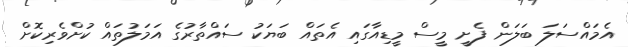
އެމައްސަލަ ބަލަން ފެށީ މީސް މީޑިއާގައި އެތައް ބަޔަކު ސައްތާރުގެ އަމަލުތައް ކުށްވެރިކޮށް